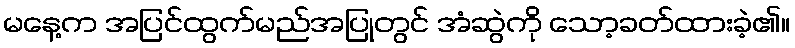
မနေ့က အပြင်ထွက်မည်အပြုတွင် အံဆွဲကို သော့ခတ်ထားခဲ့၏။